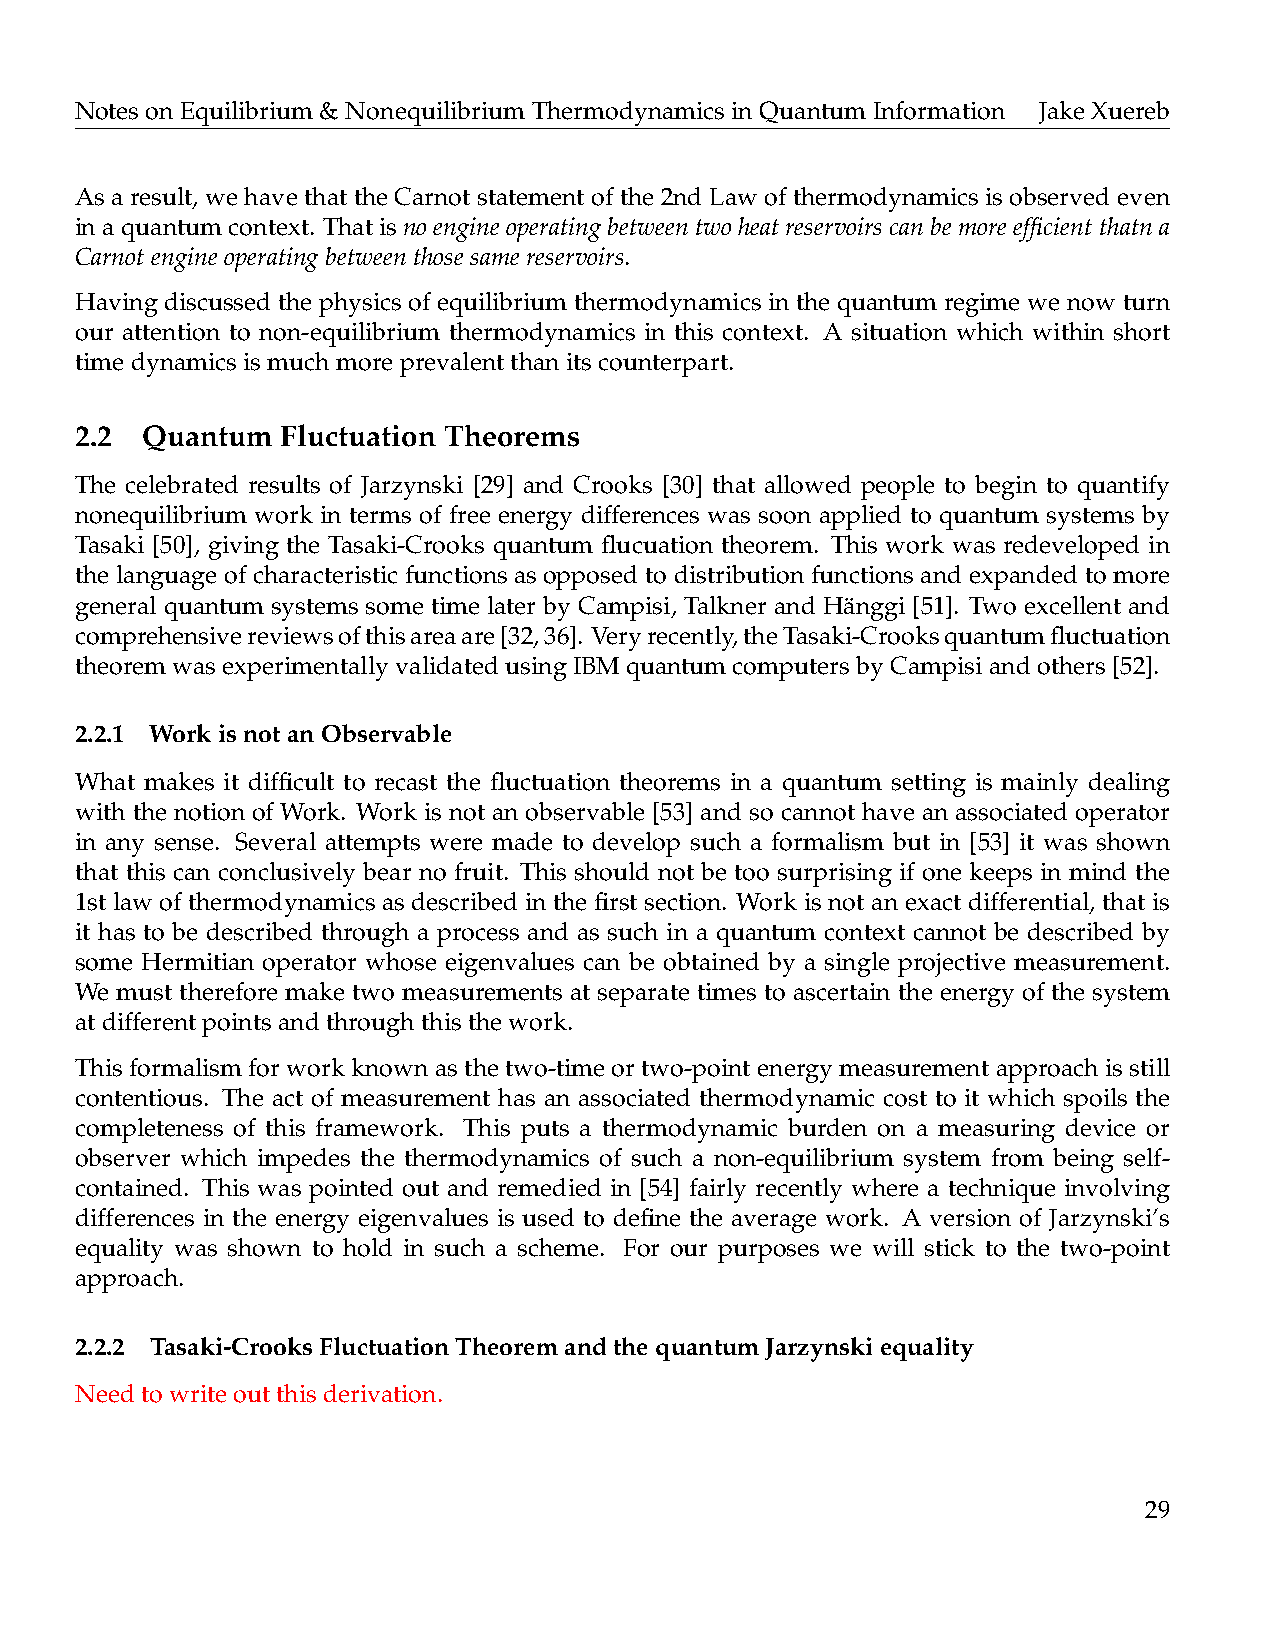
NotesonEquilibrium&NonequilibriumThermodynamicsinQuantumInformation JakeXuereb
 As a result, we have that the Carnot statement of the 2nd Law of thermodynamics is observed even
 inaquantumcontext. Thatisnoengineoperatingbetweentwoheatreservoirscanbemoreefficientthatna
 Carnotengineoperatingbetweenthosesamereservoirs.
 Having discussed the physics of equilibrium thermodynamics in the quantum regime we now turn
 our attention to non-equilibrium thermodynamics in this context. A situation which within short
 timedynamicsismuchmoreprevalentthanitscounterpart.
 2.2 Quantum   Fluctuation Theorems
 The celebrated results of Jarzynski [29] and Crooks [30] that allowed people to begin to quantify
 nonequilibrium work in terms of free energy differences was soon applied to quantum systems by
 Tasaki [50], giving the Tasaki-Crooks quantum flucuation theorem. This work was redeveloped in
 the language of characteristic functions as opposed to distribution functions and expanded to more
 general quantum systems some time later by Campisi, Talkner and Ha¨nggi [51]. Two excellent and
 comprehensivereviewsofthisareaare[32,36]. Veryrecently,theTasaki-Crooksquantumfluctuation
 theoremwasexperimentallyvalidatedusingIBMquantumcomputersbyCampisiandothers[52].
 2.2.1 WorkisnotanObservable
 What makes it difficult to recast the fluctuation theorems in a quantum setting is mainly dealing
 with the notion of Work. Work is not an observable [53] and so cannot have an associated operator
 in any sense. Several attempts were made to develop such a formalism but in [53] it was shown
 that this can conclusively bear no fruit. This should not be too surprising if one keeps in mind the
 1st law of thermodynamics as described in the first section. Work is not an exact differential, that is
 it has to be described through a process and as such in a quantum context cannot be described by
 some Hermitian operator whose eigenvalues can be obtained by a single projective measurement.
 We must therefore make two measurements at separate times to ascertain the energy of the system
 atdifferentpointsandthroughthisthework.
 This formalism for work known as the two-time or two-point energy measurement approach is still
 contentious. The act of measurement has an associated thermodynamic cost to it which spoils the
 completeness of this framework. This puts a thermodynamic burden on a measuring device or
 observer which impedes the thermodynamics of such a non-equilibrium system from being self-
 contained. This was pointed out and remedied in [54] fairly recently where a technique involving
 differences in the energy eigenvalues is used to define the average work. A version of Jarzynski’s
 equality was shown to hold in such a scheme. For our purposes we will stick to the two-point
 approach.
 2.2.2 Tasaki-CrooksFluctuationTheoremandthequantumJarzynskiequality
 Needtowriteoutthisderivation.
 29